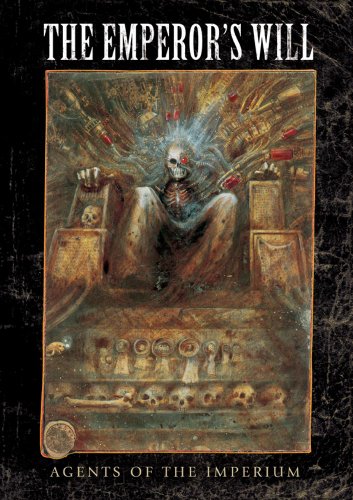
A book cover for Warhammer 40,000: The Emperor's Will; Jon Blanche; Science Fiction & Fantasy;